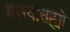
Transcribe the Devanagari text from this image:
मलयःसह्यो